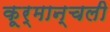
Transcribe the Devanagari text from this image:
कूर्मान्चली